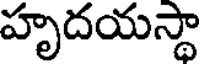
హృదయస్థా